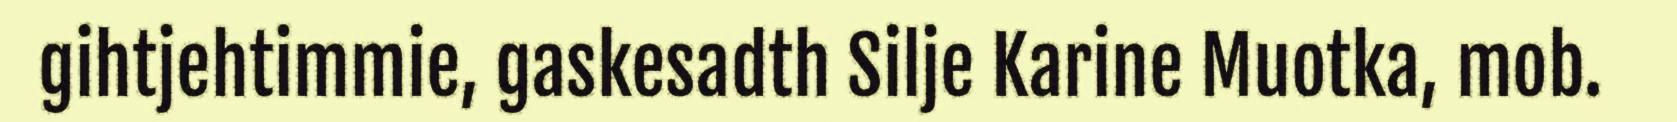
gihtjehtimmie, gaskesadth Silje Karine Muotka, mob.